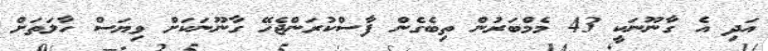
އަދި އެ ގާނޫނަކީ 43 މެމްބަރުން ތިބެގެން ފާސްކުރަންޖެހޭ ގާނޫނަކަށް ވިޔަސް ހާލަތަށް